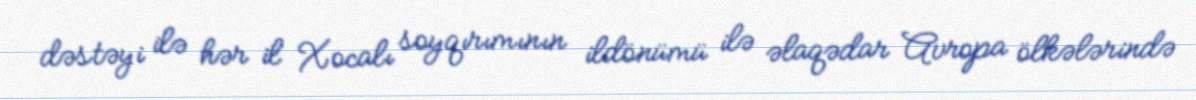
dəstəyi ilə hər il Xocalı soyqırımının ildönümü ilə əlaqədar Avropa ölkələrində